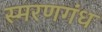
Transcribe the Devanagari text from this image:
स्मरणगंध